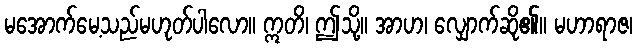
မအောက်မေ့သည်မဟုတ်ပါလော။ ဣတိ၊ ဤသို့။ အာဟ၊ လျှောက်ဆို၏။ မဟာရာဇ၊